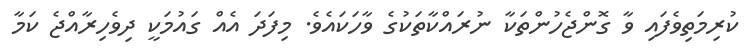
ކުރިމަތިވެފައި ވާ ގޮންޖެހުންތަކާ ނުރައްކާތަކުގެ ވާހަކައެވެ. މިފަދަ އެއް ގައުމަކީ ދިވެހިރާއްޖެ ކަމާ